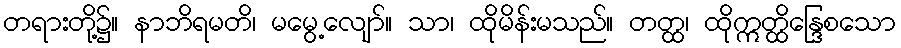
တရားတို့၌။ နာဘိရမတိ၊ မမွေ့လျော်။ သာ၊ ထိုမိန်းမသည်။ တတ္ထ၊ ထိုဣတ္ထိန္ဒြေစသော